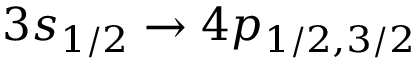
3 s _ { 1 / 2 } \rightarrow 4 p _ { 1 / 2 , 3 / 2 }